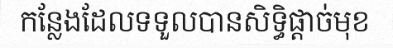
កន្លែងដែលទទួលបានសិទ្ធិផ្តាច់មុខ